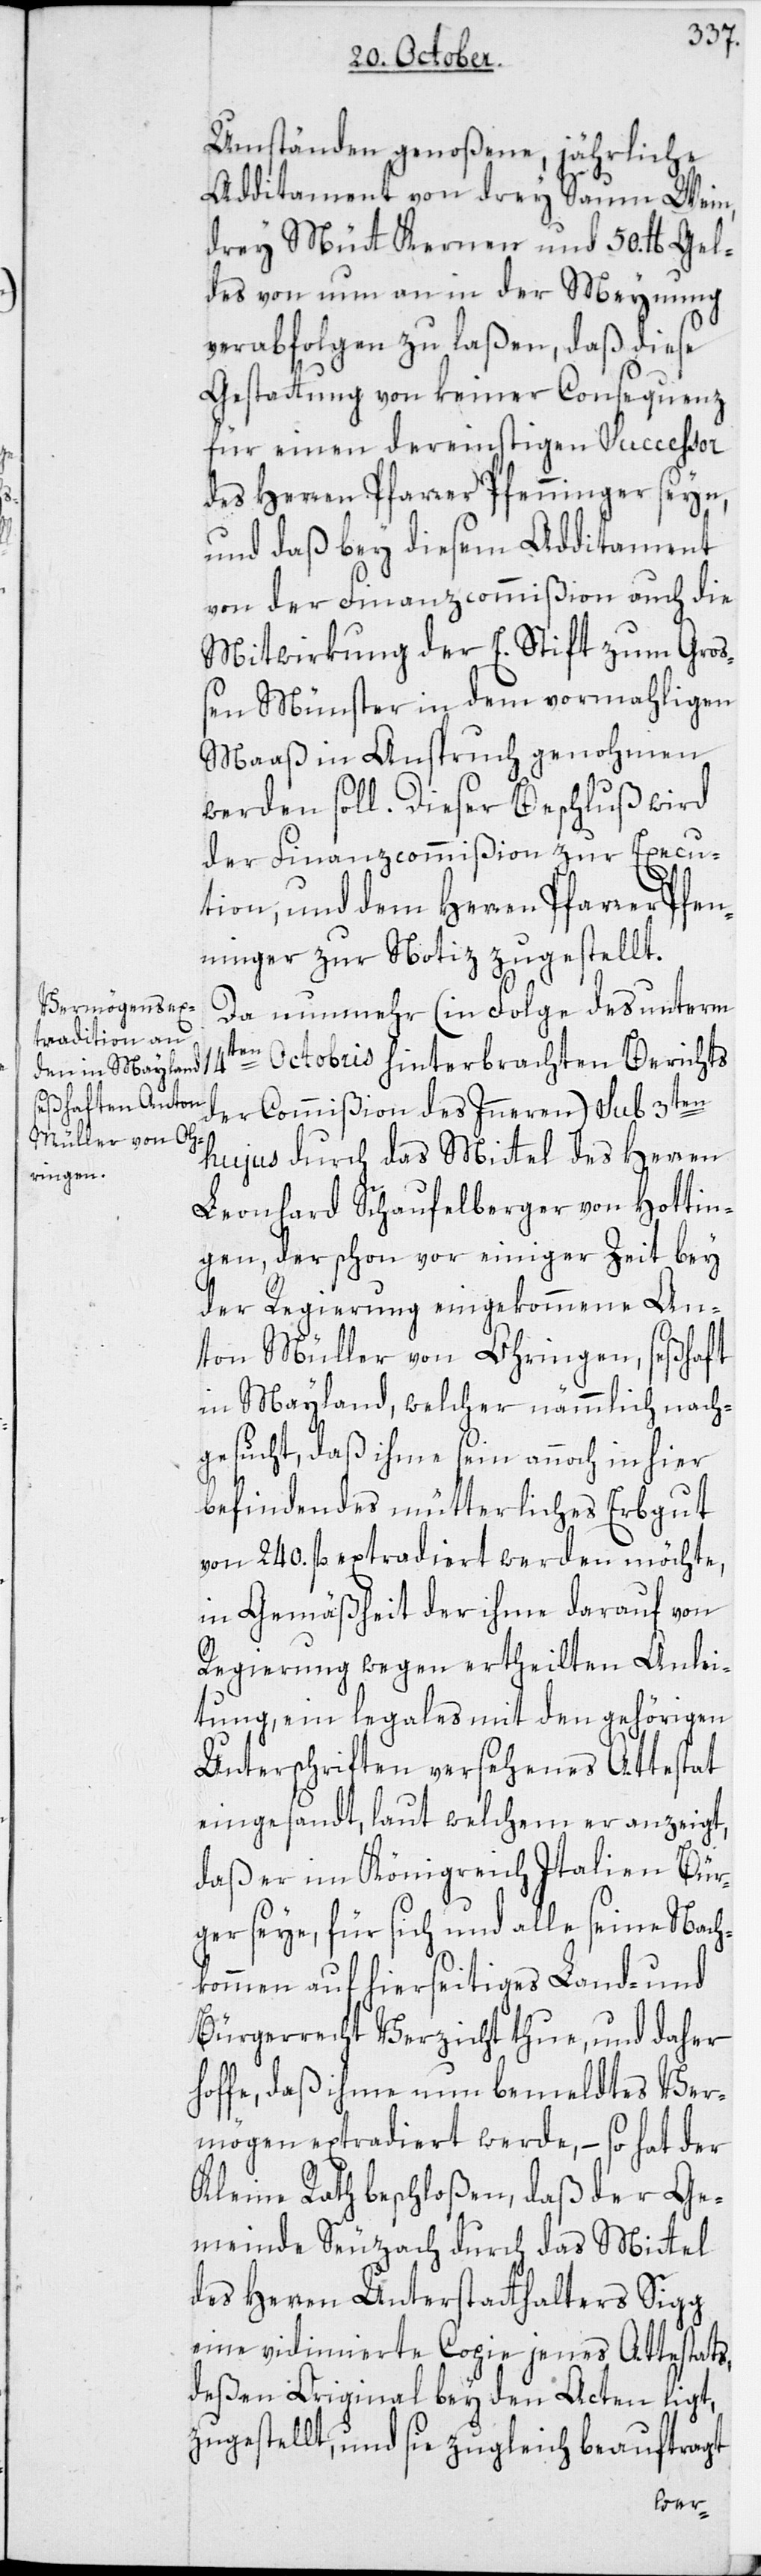
Umständen genoßene, jährliche
Additament von drey Saum Wein,
drey Mütt Kernen und 50 lb.Gel¬
des von nun an in der Meynung
verabfolgen zu laßen, daß diese
Gestattung von keiner Consequenz
für einen dereinstigen Successor
des Herren Pfarrer Pfenninger seyn,
und daß bey diesem Additament
von der Finanzcommißion auch die
Mitwirkung der E. Stift zum Groß¬
en Münster in dem vormahligen
Maaß in Anspruch genohmen
werden soll. Dieser Beschluß wird
der Finanzcommißion zur Execu¬
tion und dem Herren Pfarrer Pfen¬
ninger zur Notiz zugestellt.
Da nunmehr (in Folge des unterm
14ten Octobris hinterbrachten Berichts
der Commißion des Inneren) sub 3ten
hujus durch das Mittel des Herren
Leonhard Schaufelberger von Hottin¬
gen, der schon vor einiger Zeit bey
der Regierung eingekommene An¬
ton Müller von Ohringen, seßhaft
in Mayland, welcher nämmlich nach¬
gesucht, daß ihme sein annoch in hier
befindendes mütterliches Erbgut
von 240. fl. extradiert werden möchte,
in Gemäßheit der ihme darauf von
Regierung wegen ertheilten Anlei¬
tung, ein legales mit den gehörigen
Unterschriften versehenes Attestat
eingesandt, laut welchem er anzeigt,
daß er im Königreich Italien Bür¬
ger seye, für sich und alle seine Nach¬
kommen auf hierseitiges Land- und
Bürgerrecht Verzicht thue, und daher
hoffe, daß ihme nun bemeldtes Ver¬
mögen extradiert werde, – so hat der
Kleine Rath beschloßen, daß der Ge¬
meinde Seuzach durch das Mittel
des Herren Unterstatthalters Sigg
eine vidimierte Copie jenes Attestats,
deßen Original bey den Acten ligt,
zugestellt, und sie zugleich beauftragt